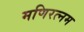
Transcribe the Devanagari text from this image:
मणिरत्‍नम